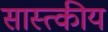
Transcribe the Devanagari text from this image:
सास्त्कीय